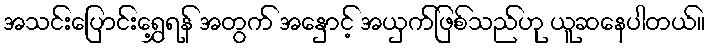
အသင်းပြောင်းရွှေ့ရန် အတွက် အနှောင့် အယှက်ဖြစ်သည်ဟု ယူဆနေပါတယ်။